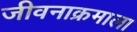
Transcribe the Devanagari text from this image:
जीवनाक्रमाला